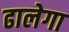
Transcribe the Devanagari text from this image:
ढालेगा